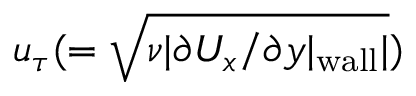
u _ { \tau } ( = \sqrt { \nu | \partial U _ { x } / \partial y | _ { \mathrm { w a l l } } | } )